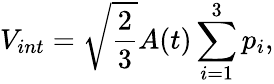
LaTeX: V_{int}=\sqrt{\frac{2}{3}}A(t)\sum_{i=1}^{3}p_{i},